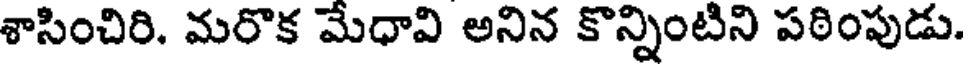
శాసించిరి. మరొక మేధావి అనిన కొన్నింటిని పఠింపుడు.